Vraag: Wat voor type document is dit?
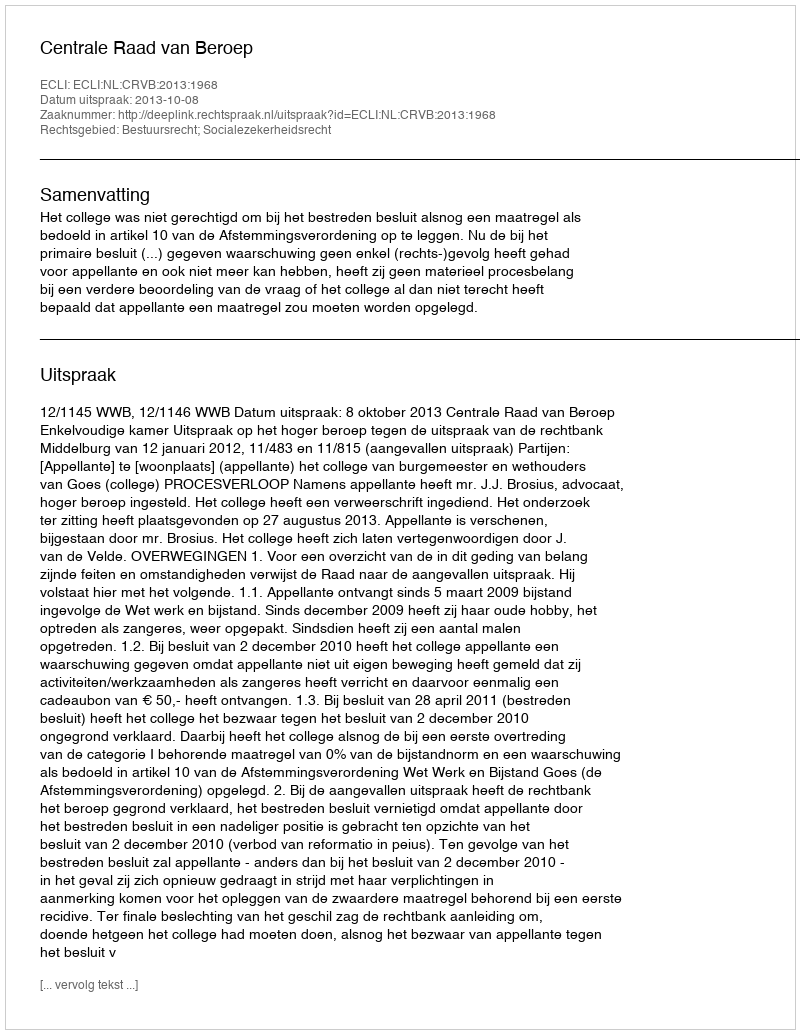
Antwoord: Uitspraak